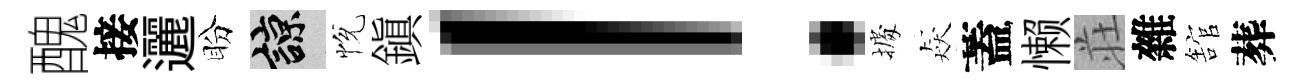
醜接邐盼諒恱鎭！𢴃猋蓋懒荘雜舘葬